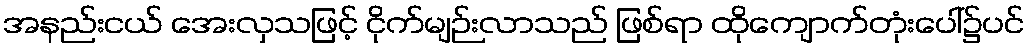
အနည်းငယ် အေးလှသဖြင့် ငိုက်မျဉ်းလာသည် ဖြစ်ရာ ထိုကျောက်တုံးပေါ်၌ပင်